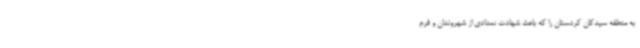
به منطقه سیدکان کردستان را که باعث شهادت تعدادی از شهروندان و فرم